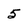
Character: 5